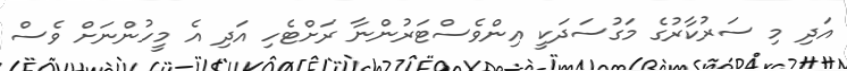
އަދި މި ސަރުކާރުގެ މަގުސަދަކީ އިންވެސްޓަރުންނާ ރަށްޓެހި އަދި އެ މީހުންނަށް ވެސް